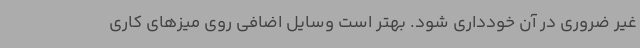
غیر ضروری در آن خودداری شود. بهتر است وسایل اضافی روی میزهای کاری